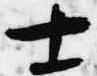
士